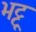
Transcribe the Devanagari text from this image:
भट्टू